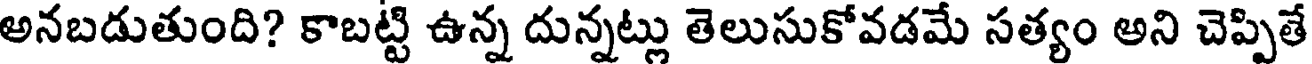
అనబడుతుంది? కాబట్టి ఉన్న దున్నట్లు తెలుసుకోవడమే సత్యం అని చెప్పితే